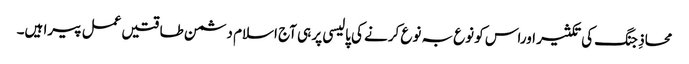
محاذِ جنگ کی تکثیر اوراس کو نوع بہ نوع کرنے کی پالیسی پر ہی آج اسلام دشمن طاقتیں عمل پیرا ہیں۔